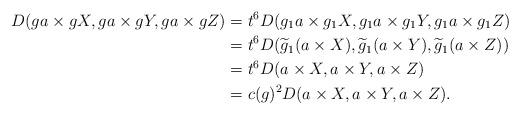
LaTeX: \begin{align*}D(ga\times gX,ga\times gY,ga\times gZ) & = t^6D(g_1a\times g_1X,g_1a\times g_1Y,g_1a\times g_1Z) \\ & = t^6D(\widetilde g_1(a\times X),\widetilde g_1(a\times Y),\widetilde g_1(a\times Z)) \\& = t^6D(a\times X,a\times Y,a\times Z) \\& = c(g)^2D(a\times X,a\times Y,a\times Z).\end{align*}